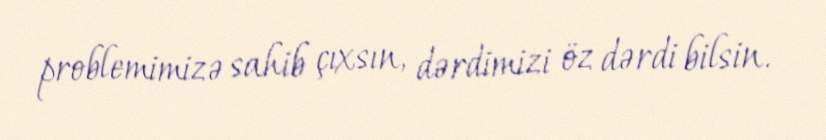
problemimizə sahib çıxsın, dərdimizi öz dərdi bilsin.